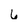
Character: 6